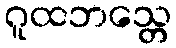
ဂူထဘသ္တေ